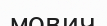
мович